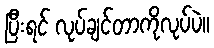
ပြီးရင် လုပ်ချင်တာကိုလုပ်ပဲ။